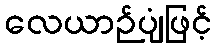
လေယာဉ်ပျံဖြင့်